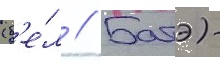
(б'е́л // Батэ) -